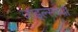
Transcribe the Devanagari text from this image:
जाइल्सच्या